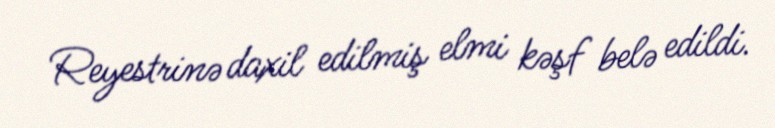
Reyestrinə daxil edilmiş elmi kəşf belə edildi.